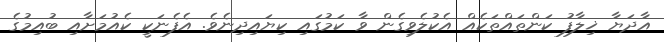
އާދަޔާ ޚިލާފު ކަންތައްތަކެއް އެކުލެވިގެން ވާ ކަމުގައި ކިޔައިދިނެވެ. އެފެނަކީ ކެއުމަށާއި ބުއިމުގެ